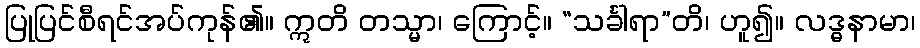
ပြုပြင်စီရင်အပ်ကုန်၏။ ဣတိ တသ္မာ၊ ကြောင့်။ “သင်္ခါရာ”တိ၊ ဟူ၍။ လဒ္ဓနာမာ၊